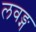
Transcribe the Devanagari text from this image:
लवङ्ग